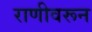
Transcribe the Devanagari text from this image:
राणीवरून